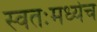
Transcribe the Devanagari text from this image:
स्वतःमध्येच